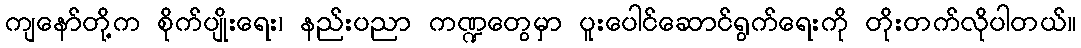
ကျနော်တို့က စိုက်ပျိုးရေး၊ နည်းပညာ ကဏ္ဍတွေမှာ ပူးပေါင်ဆောင်ရွက်ရေးကို တိုးတက်လိုပါတယ်။